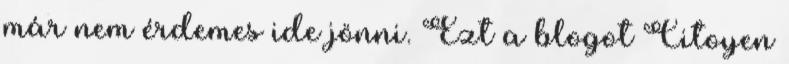
már nem érdemes ide jönni. Ezt a blogot Citoyen